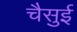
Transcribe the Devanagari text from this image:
चैसुई